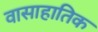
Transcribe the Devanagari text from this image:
वासाहातिक